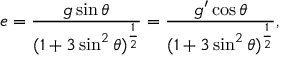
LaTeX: e = \frac { g \sin \theta } { ( 1 + 3 \sin ^ { 2 } \theta ) ^ { \frac { 1 } { 2 } } } = \frac { g ^ { \prime } \cos \theta } { ( 1 + 3 \sin ^ { 2 } \theta ) ^ { \frac { 1 } { 2 } } } ,